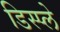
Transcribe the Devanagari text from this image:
डिस्‍प्‍ले